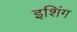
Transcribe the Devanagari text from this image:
इशिंग